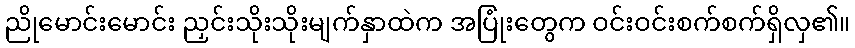
ညိုမောင်းမောင်း ညှင်းသိုးသိုးမျက်နှာထဲက အပြုံးတွေက ဝင်းဝင်းစက်စက်ရှိလှ၏။